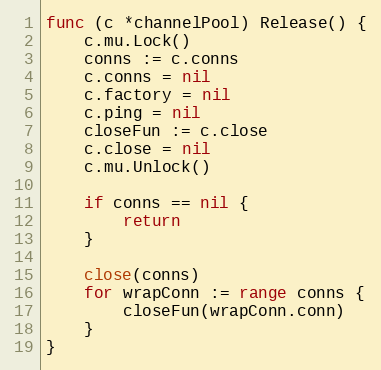
Language: Go
func (c *channelPool) Release() {
	c.mu.Lock()
	conns := c.conns
	c.conns = nil
	c.factory = nil
	c.ping = nil
	closeFun := c.close
	c.close = nil
	c.mu.Unlock()

	if conns == nil {
		return
	}

	close(conns)
	for wrapConn := range conns {
		closeFun(wrapConn.conn)
	}
}